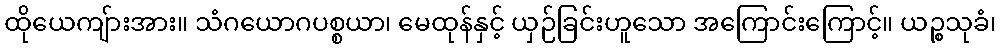
ထိုယေကျ်ားအား။ သံဂယောဂပစ္စယာ၊ မေထုန်နှင့် ယှဉ်ခြင်းဟူသော အကြောင်းကြောင့်။ ယဉ္စသုခံ၊